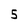
Character: 5